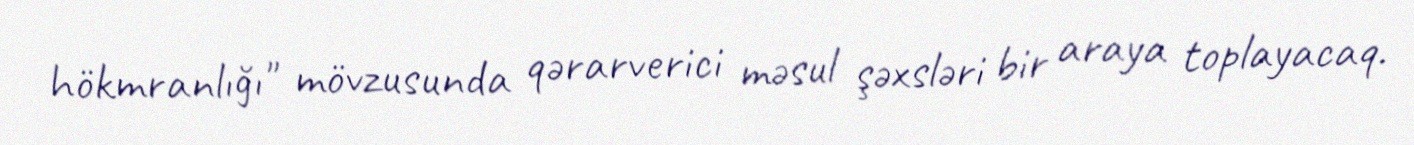
hökmranlığı" mövzusunda qərarverici məsul şəxsləri bir araya toplayacaq.